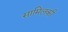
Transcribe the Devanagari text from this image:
सामिलकी